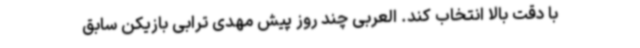
با دقت بالا انتخاب کند. العربی چند روز پیش مهدی ترابی بازیکن سابق